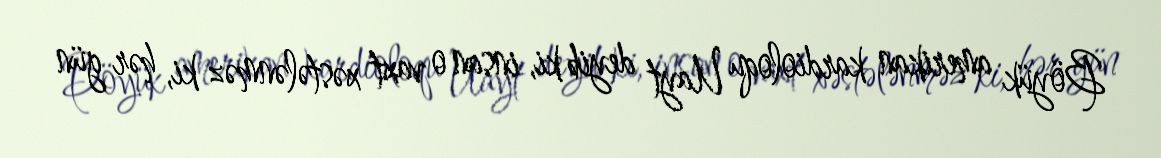
Böyük amerikan kardioloqu Uayt deyib ki, insan o vaxt xəstələnməz ki, hər gün